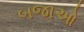
બજાઓ